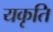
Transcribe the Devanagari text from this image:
यकृति